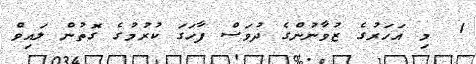
1  މި އަހަރުގެ ޒުވާނުންގެ ދުވަސް ފާހަގަ ކުރުމުގެ ގޮތުން ލައިވް